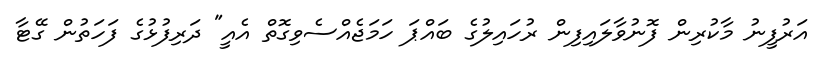
އަރުފީނު މާކުރިން ފޮނުވާލައިފިން ރުހައިލުގެ ބައްޕަ ހަމަޖެއްސެވިގޮތް އެއީ" ދަރިފުޅުގެ ފަހަތުން ގޭޓާ